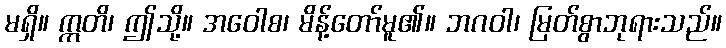
မရှိ။ ဣတိ၊ ဤသို့။ အဝေါစ၊ မိန့်တော်မူ၏။ ဘဂဝါ၊ မြတ်စွာဘုရားသည်။